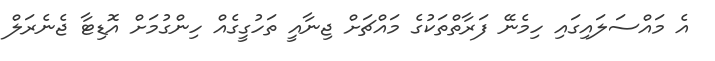
އެ މައްސަލައިގައި ހިމެނޭ ފަރާތްތަކުގެ މައްޗަށް ޖިނާއީ ތަހުގީގެއް ހިންގުމަށް އޮޑިޓާ ޖެނެރަލް